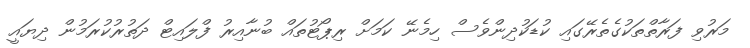
މަރުވި ފަރާތްތަކުގެތެރޭގައި ކުޑަކުދިންވެސް ހިމެނޭ ކަަމަށް ރިޕޯޓުތައް ބުނާއިރު ފްލައިޓް ދަތުުރުކުރަމުން ދިޔައީ